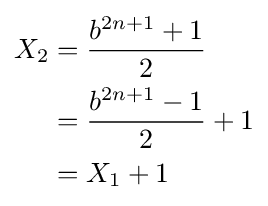
{\begin{aligned}X_{2}&={\frac {b^{2n+1}+1}{2}}\\&={\frac {b^{2n+1}-1}{2}}+1\\&=X_{1}+1\end{aligned}}